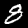
Label: 8